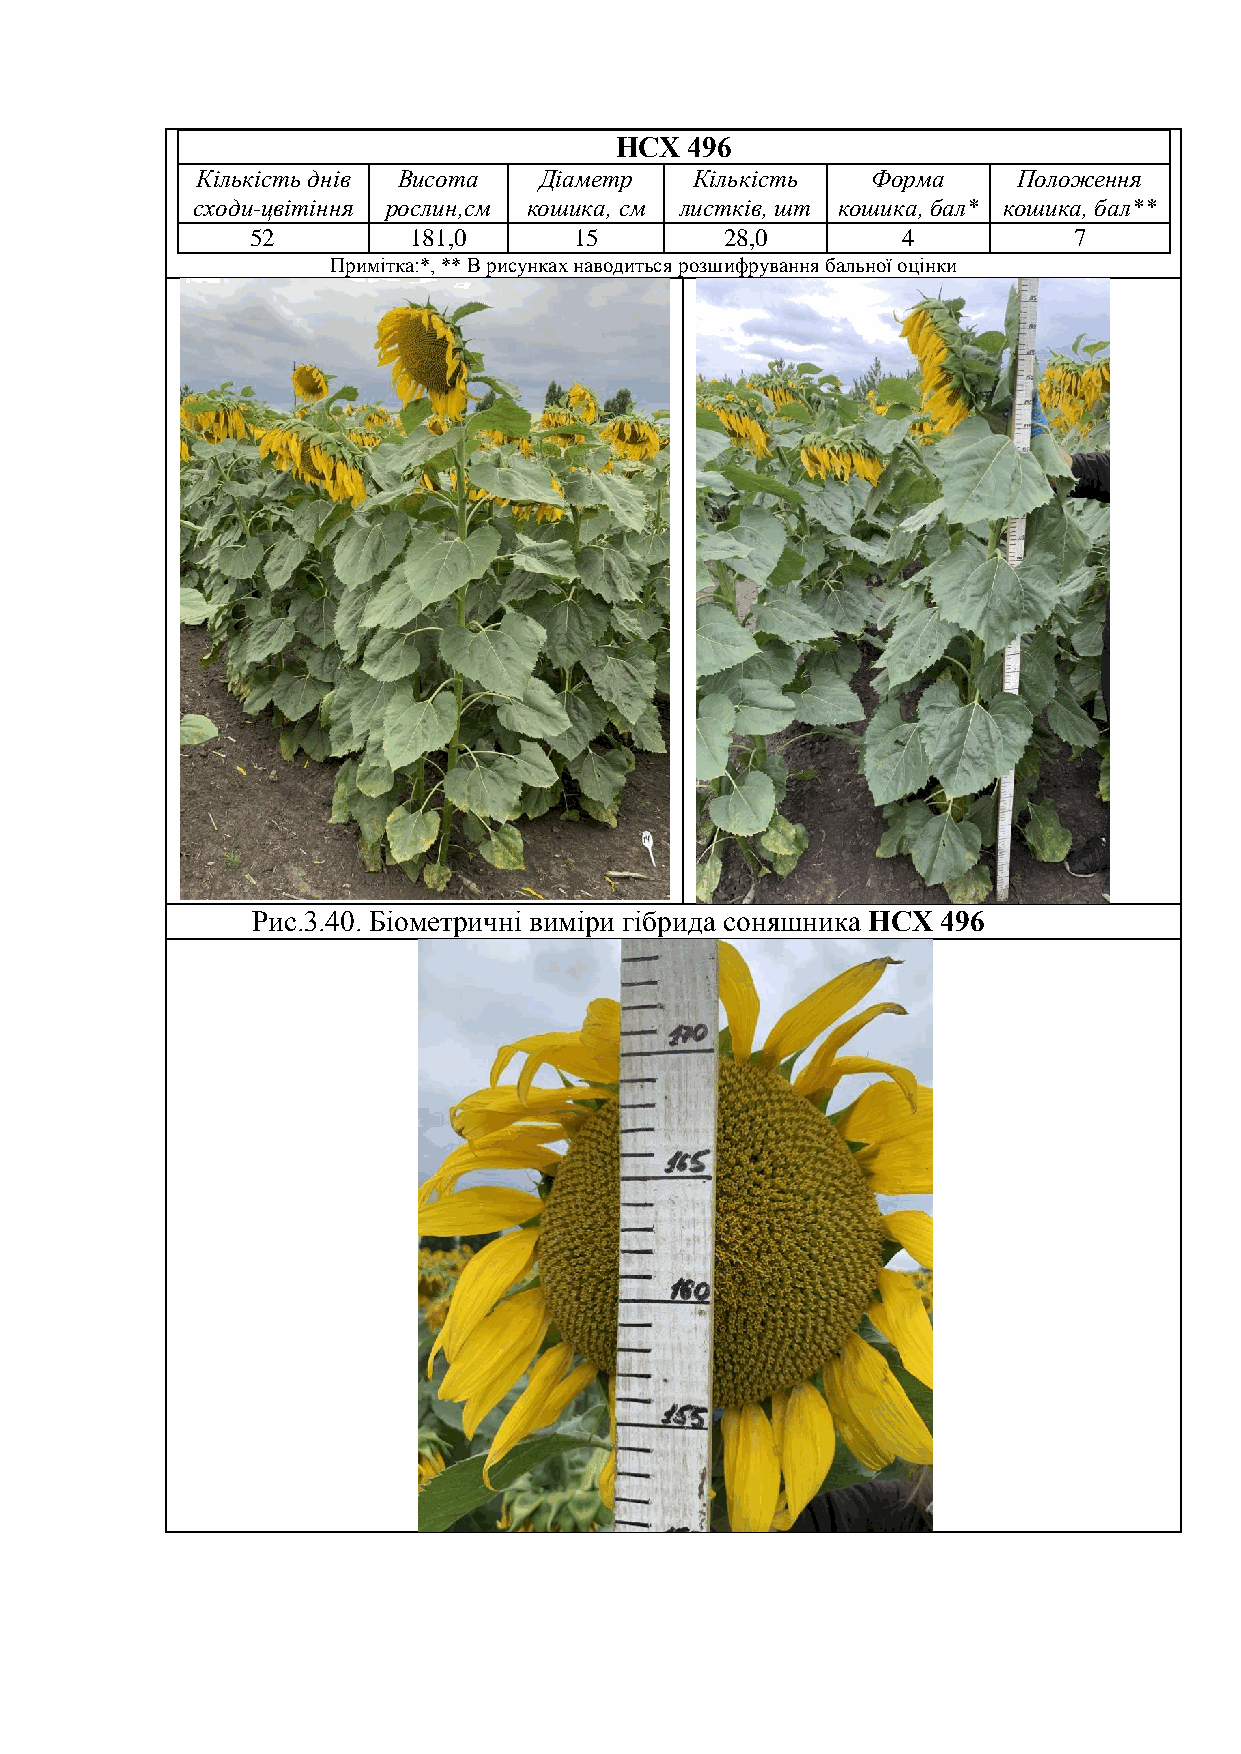
НСХ  496
 Кількість днів Висота  Діаметр   Кількість   Форма    Положення
 сходи-цвітіння рослин,см кошика, см листків, шт кошика, бал* кошика, бал**
 52        181,0      15        28,0        4          7
 Примітка:*, ** В рисунках наводиться розшифрування бальної оцінки
 Рис.3.40. Біометричні виміри гібрида соняшника НСХ 496